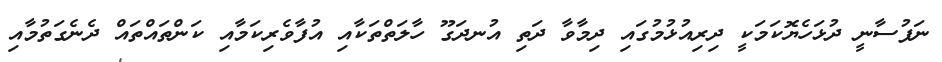
ނަފުސާނީ ދުޅަހެޔޮކަމަކީ ދިރިއުޅުމުގައި ދިމާވާ ދަތި އުނދަގޫ ހާލަތްތަކާއި އުފާވެރިކަމާއި ކަންތައްތައް ދެނެގަތުމާއި